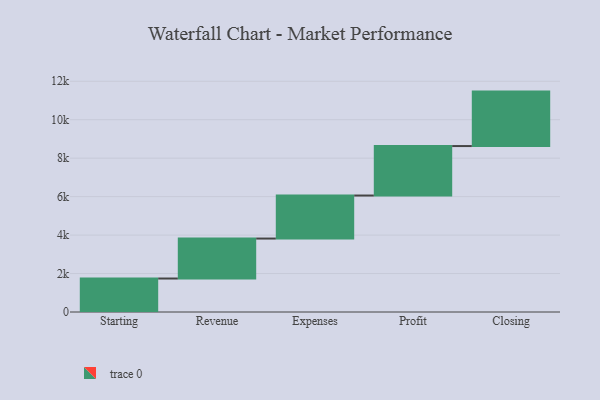
{"axis": {"x": "Step", "y": "Value"}, "legend": [""], "data": [{"x": "Starting", "y": 1741.0, "type": ""}, {"x": "Revenue", "y": 2079.0, "type": ""}, {"x": "Expenses", "y": 2237.0, "type": ""}, {"x": "Profit", "y": 2573.0, "type": ""}, {"x": "Closing", "y": 2832.0, "type": ""}]}